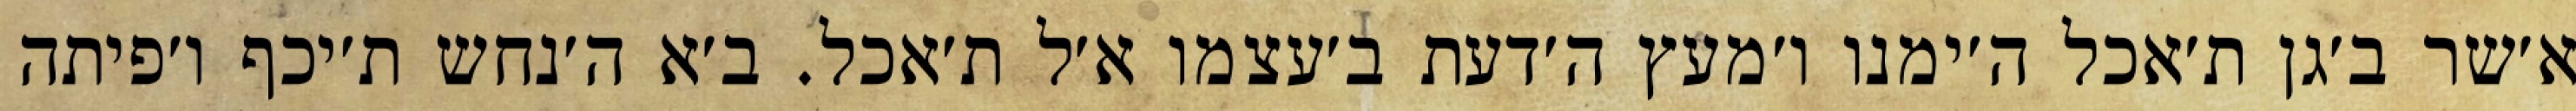
א׳שר ב׳גן ת׳אכל ה׳ימנו ו׳מעץ ה׳דעת ב׳עצמו א׳ל ת׳אכל. ב׳א ה׳נחש ת׳יכף ו׳פיתה